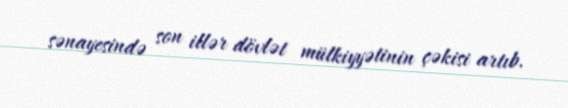
sənayesində son illər dövlət mülkiyyətinin çəkisi artıb.